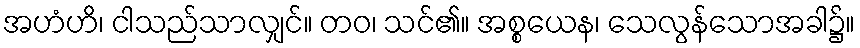
အဟံဟိ၊ ငါသည်သာလျှင်။ တဝ၊ သင်၏။ အစ္စယေန၊ သေလွန်သောအခါ၌။